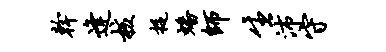
干逢核捉蟠师生沛守